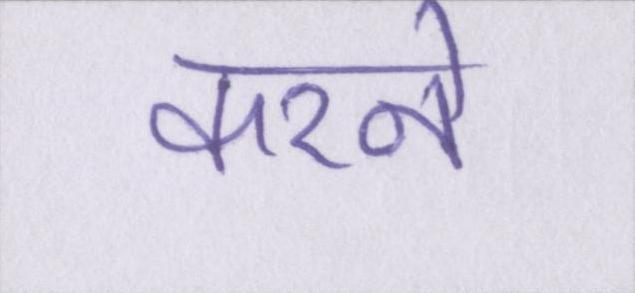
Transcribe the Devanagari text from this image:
करने